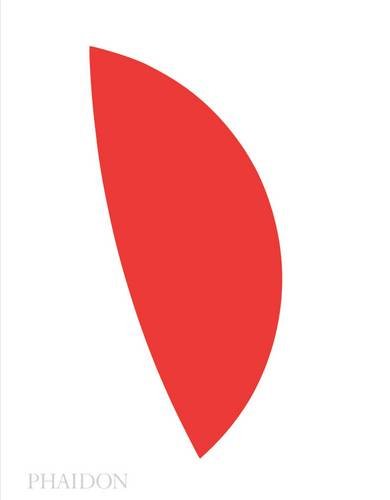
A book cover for Ellsworth Kelly; Tricia Paik; Arts & Photography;